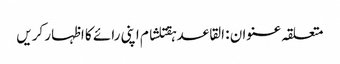
متعلقہ عنوان : القاعدہقتلشام اپنی رائے کا اظہار کریں